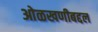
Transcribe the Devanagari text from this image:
ओळखणीबद्दल